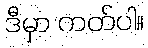
ဒီမှာ ကတ်ပါ။